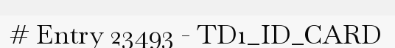
# Entry 23493 - TD1_ID_CARD